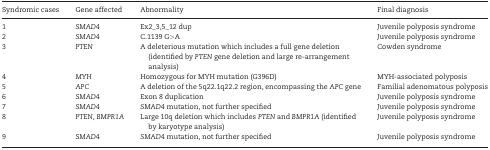
<table><thead><tr><td><b>Syndromic cases</b></td><td><b>Gene affected</b></td><td><b>Abnormality</b></td><td><b>Final diagnosis</b></td></tr></thead><tbody><tr><td>1</td><td><i>SMAD4</i></td><td>Ex2_3,5_12 dup</td><td>Juvenile polyposis syndrome</td></tr><tr><td>2</td><td><i>SMAD4</i></td><td>C.1139 G&gt;A</td><td>Juvenile polyposis syndrome</td></tr><tr><td>3</td><td><i>PTEN</i></td><td>A deleterious mutation which includes a full gene deletion (identified by <i>PTEN</i> gene deletion and large re-arrangement analysis)</td><td>Cowden syndrome</td></tr><tr><td>4</td><td><i>MYH</i></td><td>Homozygous for MYH mutation (G396D)</td><td>MYH-associated polyposis</td></tr><tr><td>5</td><td><i>APC</i></td><td>A deletion of the 5q22.1q22.2 region, encompassing the <i>APC</i> gene</td><td>Familial adenomatous polyposis</td></tr><tr><td>6</td><td><i>SMAD4</i></td><td>Exon 8 duplication</td><td>Juvenile polyposis syndrome</td></tr><tr><td>7</td><td><i>SMAD4</i></td><td><i>SMAD4</i> mutation, not further specified</td><td>Juvenile polyposis syndrome</td></tr><tr><td>8</td><td><i>PTEN, BMPR1A</i></td><td>Large 10q deletion which includes <i>PTEN</i> and <i>BMPR1A</i> (identified by karyotype analysis)</td><td>Juvenile polyposis syndrome</td></tr><tr><td>9</td><td><i>SMAD4</i></td><td><i>SMAD4</i> mutation, not further specified</td><td>Juvenile polyposis syndrome</td></tr></tbody></table>